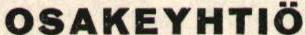
OSAKEYHTIÖ